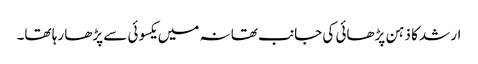
ارشد کا ذہن پڑھائی کی جانب تھا نہ میں یکسوئی سے پڑھا رہا تھا۔